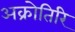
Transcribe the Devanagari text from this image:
अक्रोतिरि